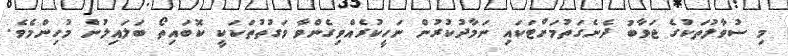
މި ސުވާލުތަކުގެ ޖަވާބު ދެނެގަތުމަށްޓަކައި ނަމާދުކުރުން ނަހީކުރެއްވިގެންވާ ވަގުތުތަކަކީ ކޮބައިތޯ ބަލައިލުން މުހިންމެވެ.